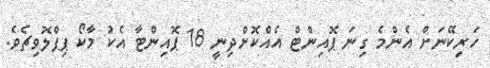
ހަރިކޭނަށް އެންމެ ގިނަ ޕޮއިންޓް އެއްކޮށްދިނީ 18 ޕޮއިންޓާ އެކު މާކޯ ޕިޕްލޮވިޗެވެ.